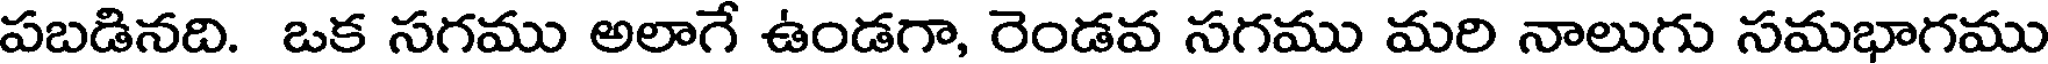
పబడినది. ఒక సగము అలాగే ఉండగా, రెండవ సగము మరి నాలుగు సమభాగము